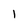
Character: 1